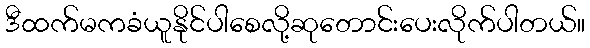
ဒီထက်မကခံယူနိုင်ပါစေလို့ဆုတောင်းပေးလိုက်ပါတယ်။